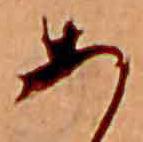
あ